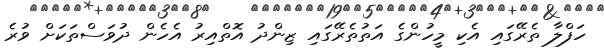
ހަފްލާ ތެރޭގައި އެކި މީހުންގެ އަތުތެރޭގައި ޒިންދު އޮތްއިރު އެހެން ދުވަސްތަކަށް ވުރެ